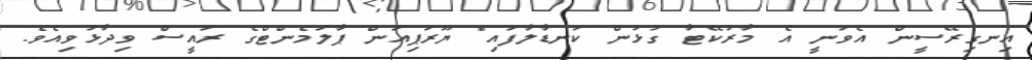
އިނގިރޭސީން އެވަނީ އެ މާރުކޭޓާ ގުޅުން ކަނޑާލާފައި" ޔޫރަޕިއަން ޕާލަމެންޓްގެ ރައީސް ވިދާޅުވިއެވެ.